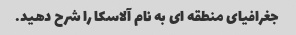
جغرافیای منطقه ای به نام آلاسکا را شرح دهید.